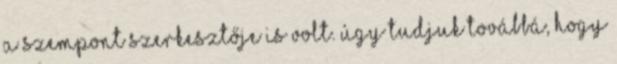
a Szempont szerkesztője is volt. Úgy tudjuk továbbá, hogy